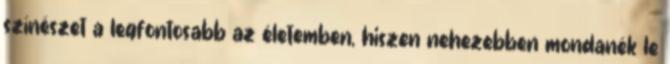
színészet a legfontosabb az életemben, hiszen nehezebben mondanék le